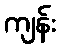
ကျန်း